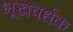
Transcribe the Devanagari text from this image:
भूखवर्धक